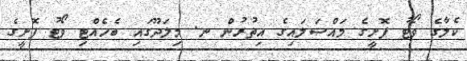
ކެލާގެ ވޯޓު ފޮށީގެ މައްސަލައިގެ އިތުރުން ނ. މިލަދޫގައި ބެހެއްޓި ވޯޓު ފޮށީގެ